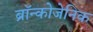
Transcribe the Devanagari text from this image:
ब्रॉन्कोजेनिक